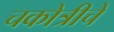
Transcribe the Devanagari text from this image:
चकोत्रीचे